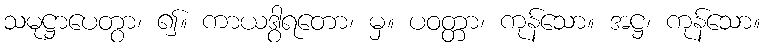
သမုဋ္ဌာပေတွာ၊ ၍။ ကာယဒွါရတော၊ မှ။ ပဝတ္တာ၊ ကုန်သော။ အဋ္ဌ၊ ကုန်သော။